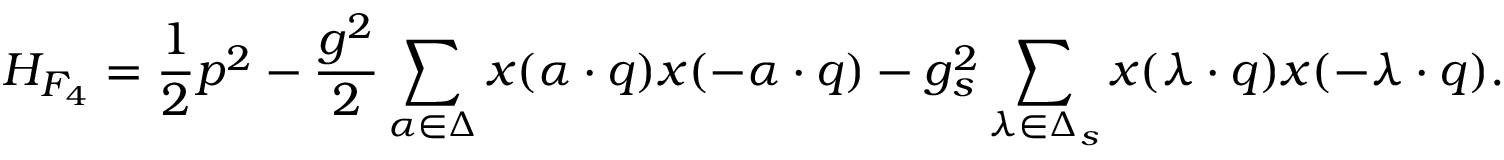
{ \cal H } _ { F _ { 4 } } = { \frac { 1 } { 2 } } p ^ { 2 } - { \frac { g ^ { 2 } } { 2 } } \sum _ { \alpha \in \Delta } x ( \alpha \cdot q ) x ( - \alpha \cdot q ) - { g _ { s } ^ { 2 } } \sum _ { \lambda \in \Delta _ { s } } x ( \lambda \cdot q ) x ( - \lambda \cdot q ) .